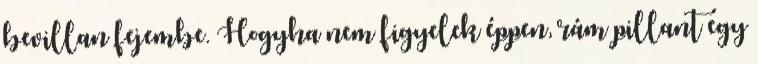
bevillan fejembe. Hogyha nem figyelek éppen, rám pillant egy